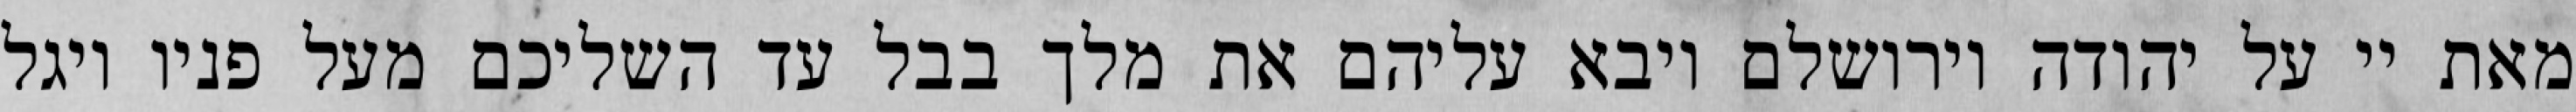
מאת יי על יהודה וירושלם ויבא עליהם את מלך בבל עד השליכם מעל פניו ויגל